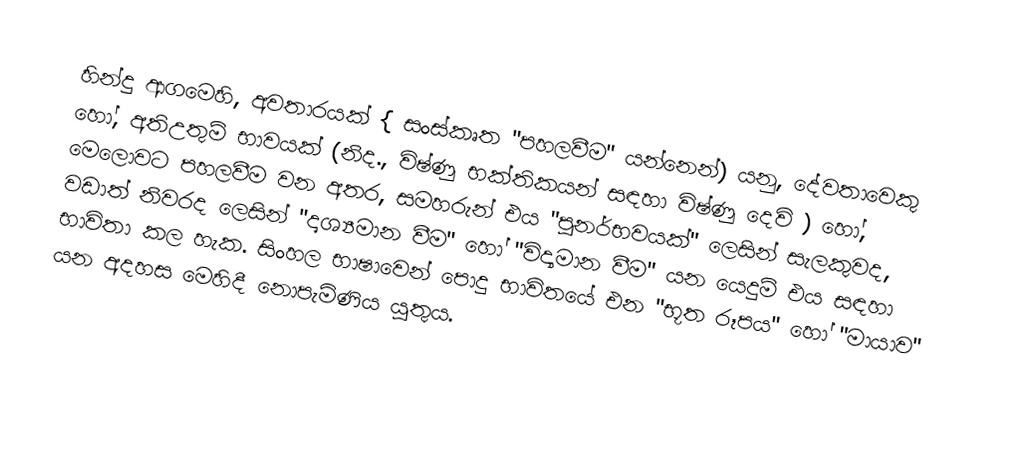
හින්දු ආගමෙහි, අවතාරයක් { සංස්කෘත   "පහලවීම" යන්නෙන්) යනු, දේවතාවෙකු හෝ, අතිඋතුම් භාවයක් (නිද.,  විෂ්ණු භක්තිකයන් සඳහා විෂ්ණු දෙවි ) හෝ, මෙලොවට පහලවීම වන අතර, සමහරුන් එය "පුනර්භවයක්" ලෙසින් සැලකුවද, වඩාත් නිවරද ලෙසින් "දෘශ්‍යමාන වීම" හෝ "විද්‍යමාන වීම" යන යෙදුම් එය සඳහා භාවිතා කල හැක. සිංහල භාෂාවෙන් පොදු භාවිතයේ එන "භූත රූපය" හෝ "මායාව" යන අදහස මෙහිදී නොපැමිණිය යුතුය.